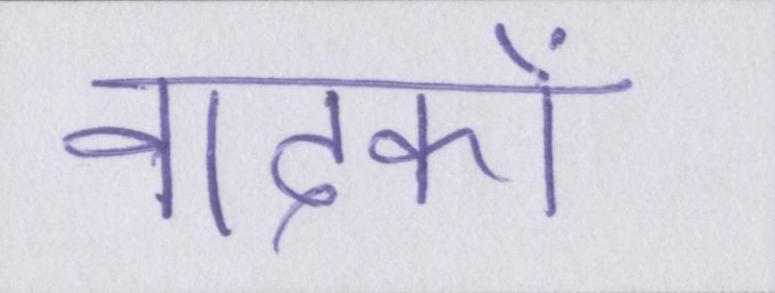
वादकों